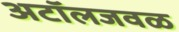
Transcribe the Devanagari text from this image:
अटॉलजवळ